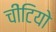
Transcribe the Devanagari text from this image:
चींटियो